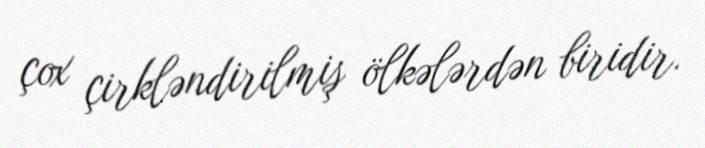
çox çirkləndirilmiş ölkələrdən biridir.